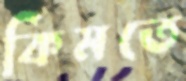
কিমতে